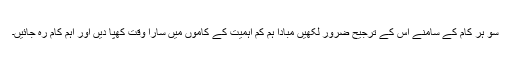
سو ہر کام کے سامنے اُس کے ترجیح ضرور لکھیں مبادا ہم کم اہمیت کے کاموں میں سارا وقت کھپا دیں اور اہم کام رہ جائیں۔